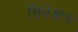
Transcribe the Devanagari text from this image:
सिनेक्षेत्र